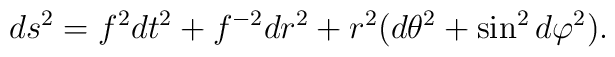
ds^{2}=f^{2}dt^{2}+f^{-2}dr^{2}+r^{2}(d\theta ^{2}+\sin ^{2}d\varphi ^{2}).